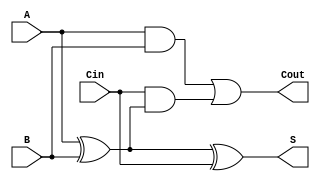
module carry_select_adder_block (
    input wire A,
    input wire B,
    input wire Cin,
    output wire S,
    output wire Cout
);

assign S = A ^ B ^ Cin;
assign Cout = (A & B) | (Cin & (A ^ B));

endmodule